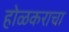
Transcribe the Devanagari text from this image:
होळकराचा